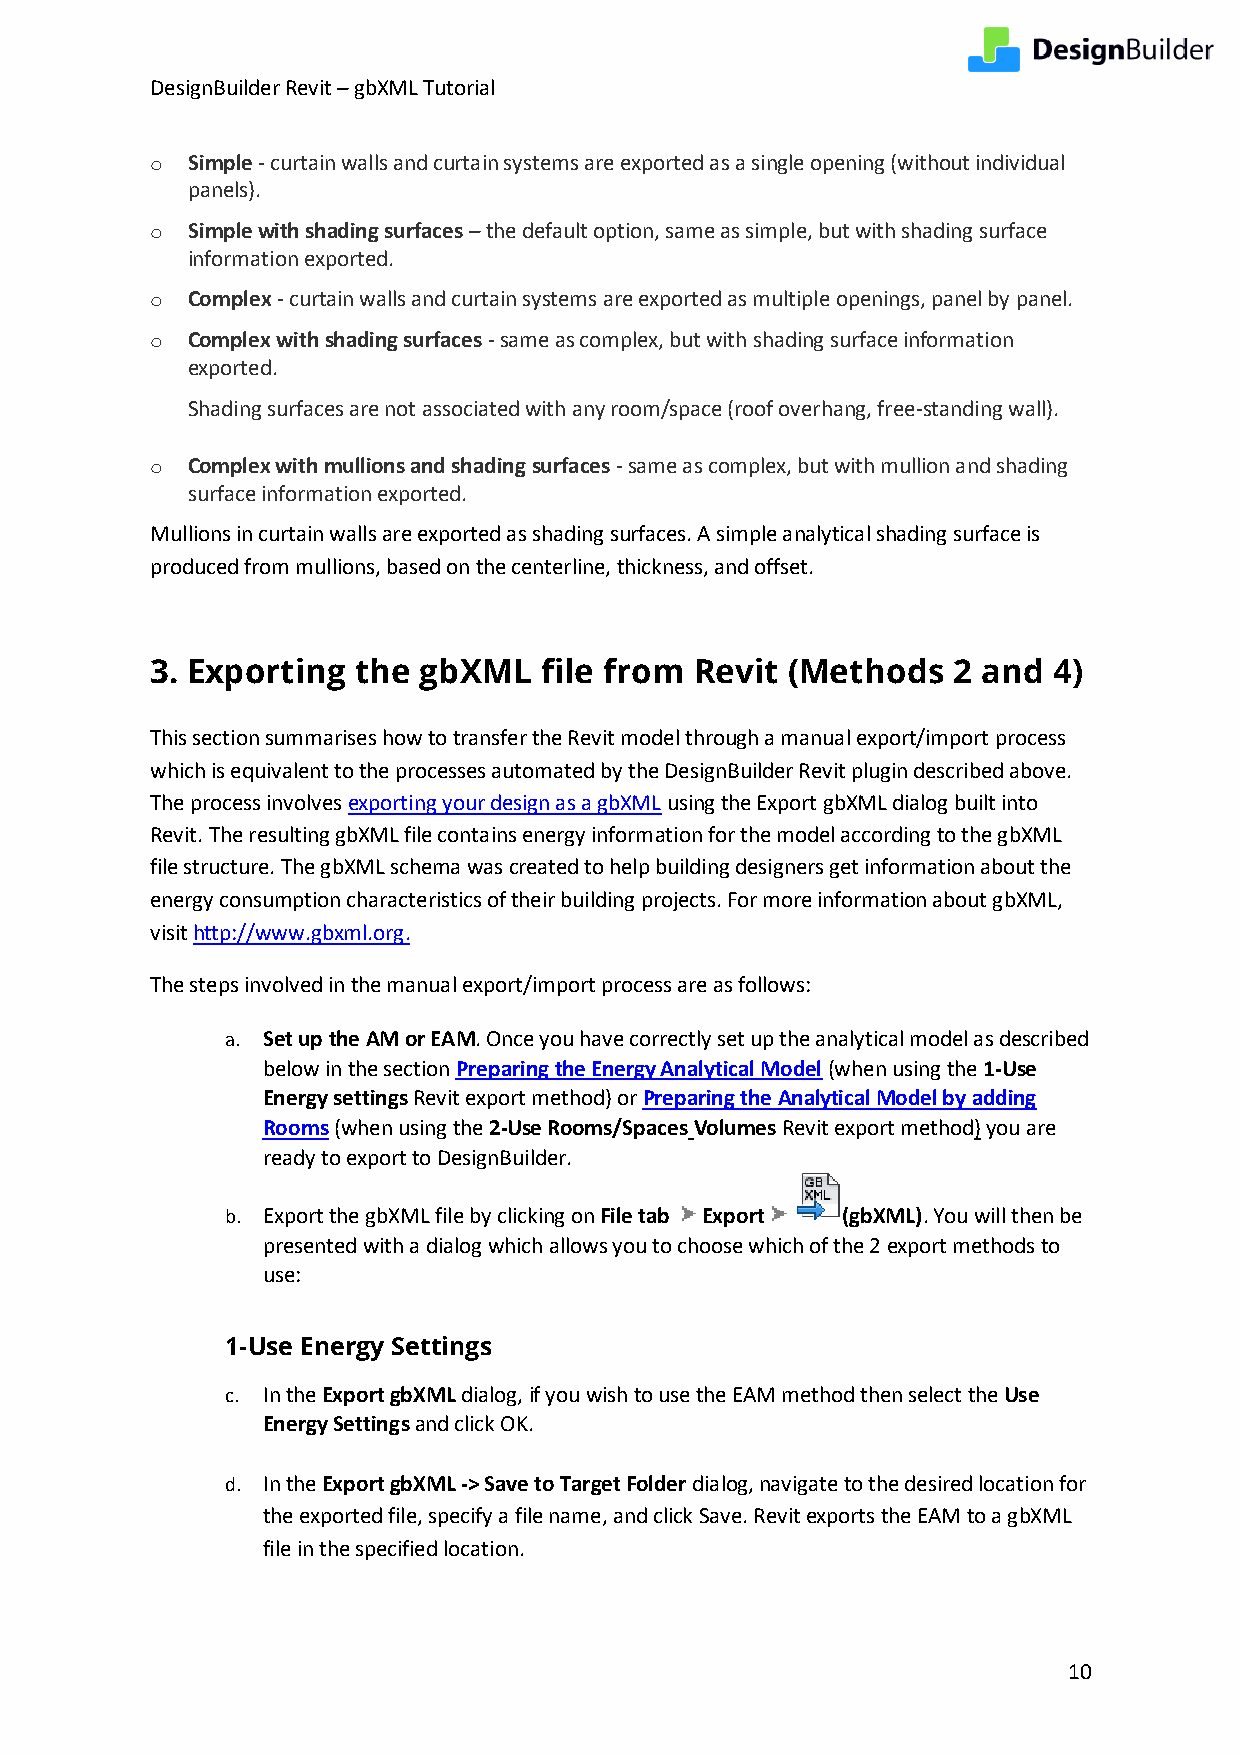
DesignBuilder Revit – gbXML Tutorial
 o Simple - curtain walls and curtain systems are exported as a single opening (without individual
 panels).
 o Simple with shading surfaces – the default option, same as simple, but with shading surface
 information exported.
 o Complex - curtain walls and curtain systems are exported as multiple openings, panel by panel.
 o Complex with shading surfaces - same as complex, but with shading surface information
 exported.
 Shading surfaces are not associated with any room/space (roof overhang, free-standing wall).
 o Complex with mullions and shading surfaces - same as complex, but with mullion and shading
 surface information exported.
 Mullions in curtain walls are exported as shading surfaces. A simple analytical shading surface is
 produced from mullions, based on the centerline, thickness, and offset.
 3. Exporting  the gbXML   file from Revit (Methods   2 and  4)
 This section summarises how to transfer the Revit model through a manual export/import process
 which is equivalent to the processes automated by the DesignBuilder Revit plugin described above.
 The process involves exporting your design as a gbXML using the Export gbXML dialog built into
 Revit. The resulting gbXML file contains energy information for the model according to the gbXML
 file structure. The gbXML schema was created to help building designers get information about the
 energy consumption characteristics of their building projects. For more information about gbXML,
 visit http://www.gbxml.org.
 The steps involved in the manual export/import process are as follows:
 a. Set up the AM or EAM. Once you have correctly set up the analytical model as described
 below in the section Preparing the Energy Analytical Model (when using the 1-Use
 Energy settings Revit export method) or Preparing the Analytical Model by adding
 Rooms (when using the 2-Use Rooms/Spaces Volumes Revit export method) you are
 ready to export to DesignBuilder.
 b. Export the gbXML file by clicking on File tab Export (gbXML). You will then be
 presented with a dialog which allows you to choose which of the 2 export methods to
 use:
 1-Use Energy Settings
 c. In the Export gbXML dialog, if you wish to use the EAM method then select the Use
 Energy Settings and click OK.
 d. In the Export gbXML -> Save to Target Folder dialog, navigate to the desired location for
 the exported file, specify a file name, and click Save. Revit exports the EAM to a gbXML
 file in the specified location.
 10